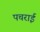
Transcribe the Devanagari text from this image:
पचराई